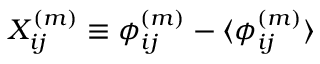
X _ { i j } ^ { ( m ) } \equiv \phi _ { i j } ^ { ( m ) } - \langle \phi _ { i j } ^ { ( m ) } \rangle